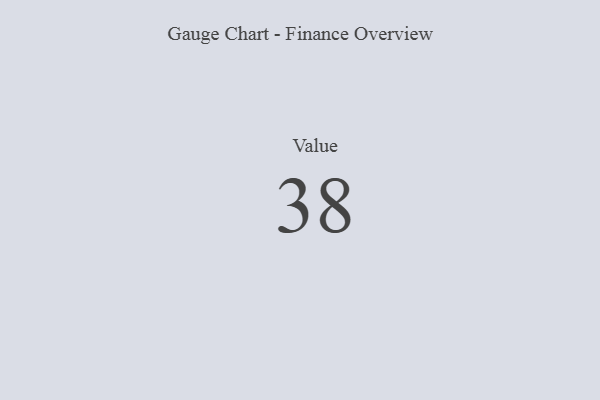
{"axis": {"x": "Metric", "y": "Value"}, "legend": [""], "data": [{"x": "Value", "y": 38, "type": ""}]}